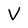
Character: V